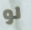
لو